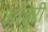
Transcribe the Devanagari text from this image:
आबुरी